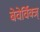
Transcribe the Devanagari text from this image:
बेवेर्विक्ज्